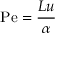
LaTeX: \mathrm { P e } = { \frac { L u } { \alpha } }